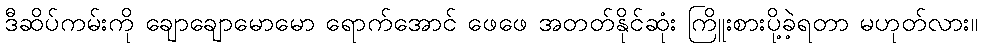
ဒီဆိပ်ကမ်းကို ချောချောမောမော ရောက်အောင် ဖေဖေ အတတ်နိုင်ဆုံး ကြိူးစားပို့ခဲ့ရတာ မဟုတ်လား။